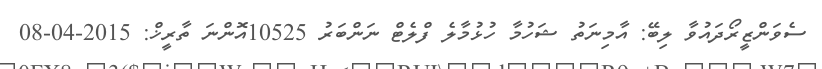
ސެވަންޒީރޯދައުވާ ލިބޭ: އާމިނަތު ޝަހުމާ ހުޅުމާލެ ފްލެޓް ނަންބަރު 10525އޮންނަ ތާރީޚް: 2015-04-08